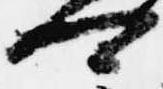
可